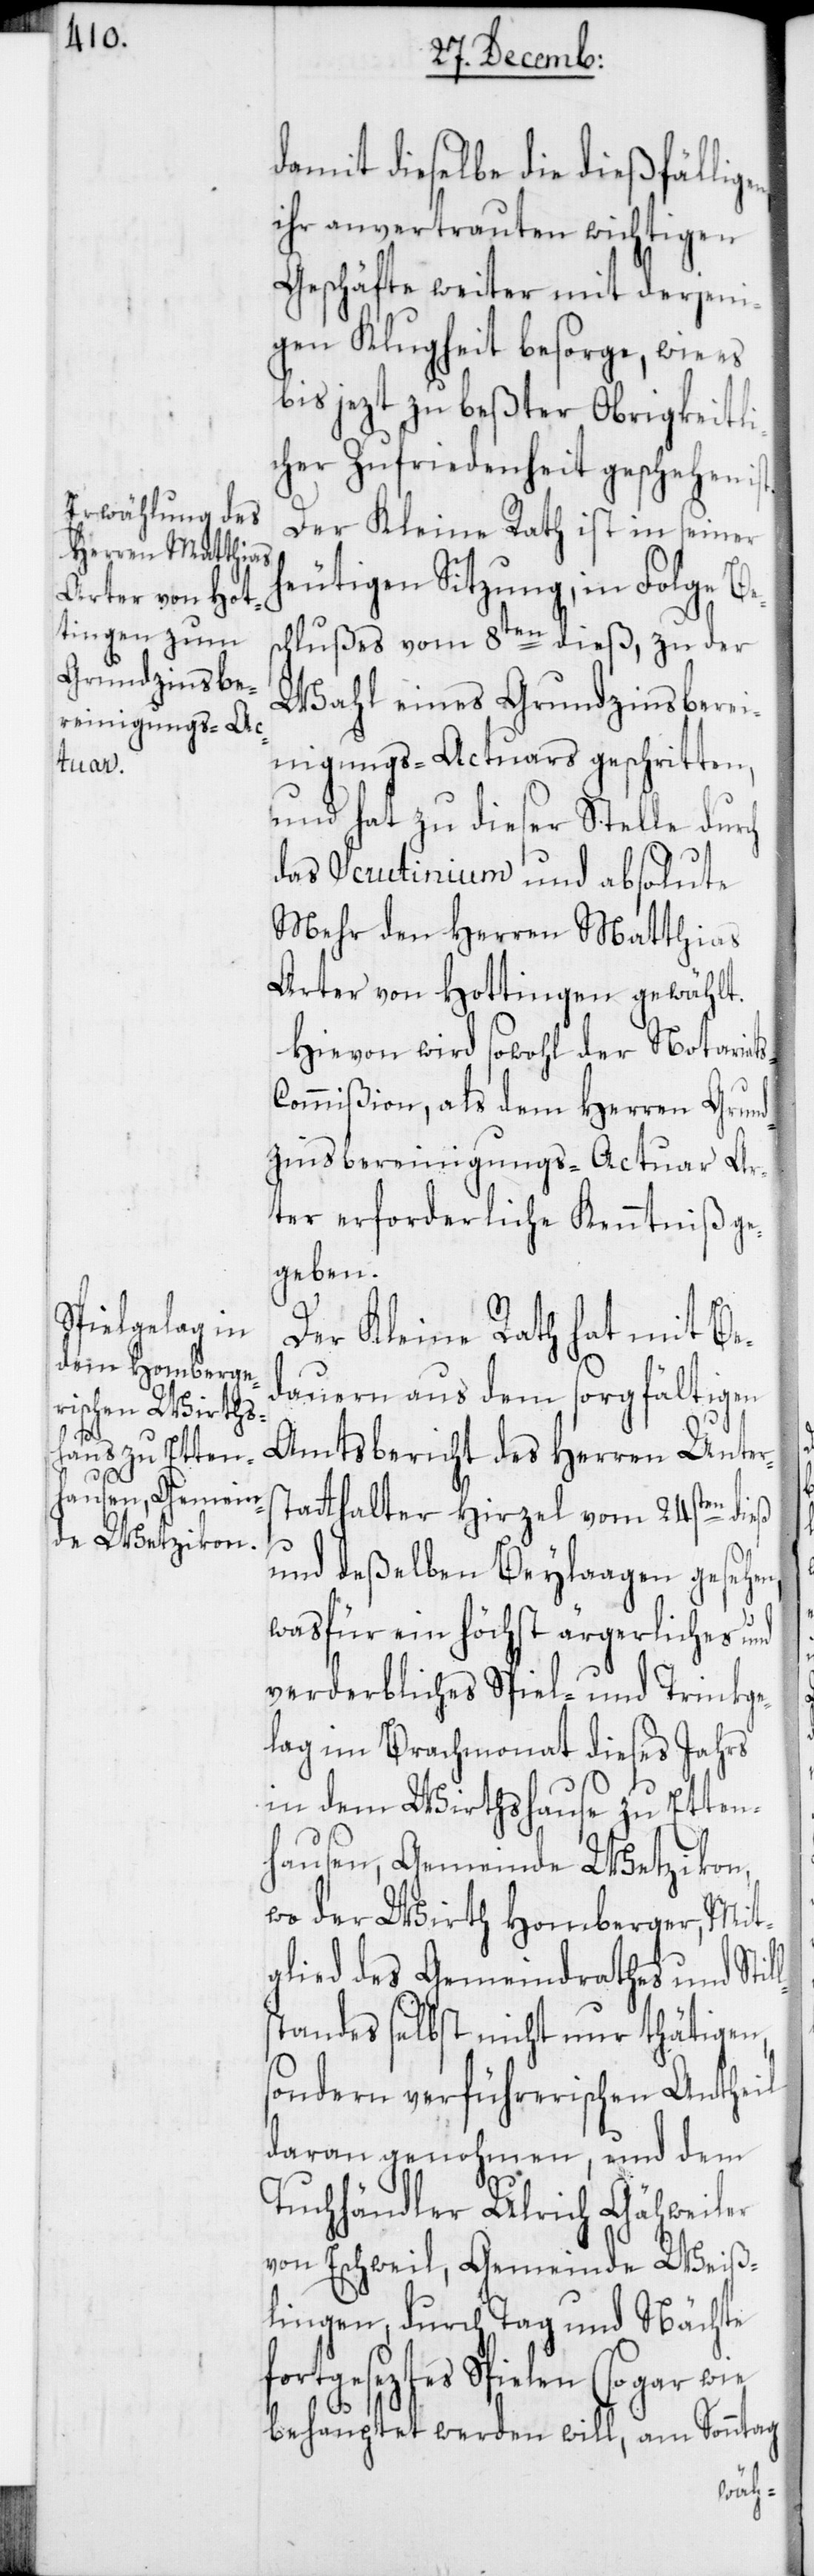
en,

damit dieselbe die dießfällig¬
ihr anvertrauten wichtigen
Geschäfte weiter mit derjeni¬
gen Klugheit besorge, wie es
bis jezt zu beßter Obrigkeitli¬
cher Zufriedenheit geschehen
Der Kleine Rath ist in seiner
heutigen Sitzung, in Folge Be¬
schlußes vom 8ten dieß, zu der
Wahl eines Grundzinsbere¬
inigungs-Actuars geschritten,
und hat zu dieser Stelle durch
das Scrutinium und absolute
Mehr den Herren Matthias
Arter von Hottingen gewählt.
Hievon wird sowohl der Notariats-C¬
ommißion, als dem Herren Grund¬
zinsbereinigungs-Actuar Ar¬
ter erforderliche Kenntniß ge¬
geben.
Der Kleine Rath hat mit Be¬
dauern aus dem sorgfältigen
Amtsbericht des Herren Unters¬
tatthalter Hirzel vom 24sten dieß
und deßelben Beylaagen geseh¬
was für ein höchst ärgerliches und
verderbliches Spiel- und Trinkge¬
lag im Brachmonat dieses Jahrs
in dem Wirthshause zu Etten¬
hausen, Gemeinde Wetzikon,
wo der Wirth Homberger, Mit¬
glied des Gemeindrathes und Stil¬
lstandes selbst nicht nur thätigen,
sondern verführerischen Antheil
daran genohmen, und dem
Tuchhändler Ulrich Gähweiler
von Eschweil, Gemeinde Weiß¬
lingen, durch Tag und Nächte
fortgeseztes Spielen (sogar
behauptet werden will, am Sonntag